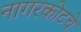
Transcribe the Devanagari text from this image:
नागरकोटचे